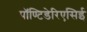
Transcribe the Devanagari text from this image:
पॉण्टिडेरिएसिई